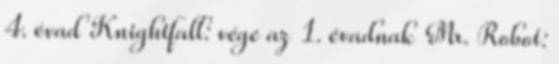
4. évad Knightfall: vége az 1. évadnak Mr. Robot: